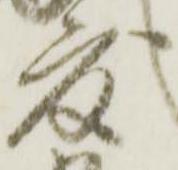
度